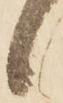
候